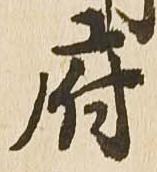
府